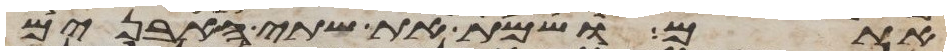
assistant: אתם ושמת את שתי האבנים